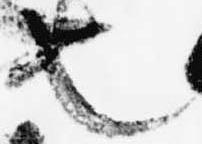
也